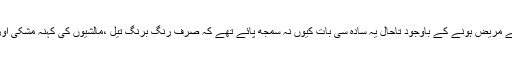
لیکن حیرت اس بات پرہے کہ شریف صاحب کھجلی کے پرانے مریض ہونے کے باوجود تاحال یہ سادہ سی بات کیوں نہ سمجھ پائے تھے کہ صرف رنگ برنگ تیل ،مالشیوں کی کہنہ مشکی اور جمہوری مرہم ہی اس پرانے مرض کا مکمل علاج نہیں ہے۔